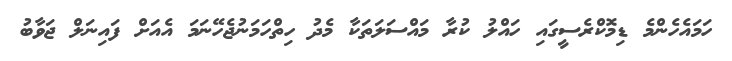
ހަމައެހެންމެ ޑިމޮކްރެސީގައި ހައްލު ކުރާ މައްސަލަތަކާ މެދު ހިތްހަމަނުޖެހޭނަމަ އެއަށް ފައިނަލް ޖަވާބު